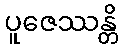
ပူဇေဿန္တိ